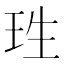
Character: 珄